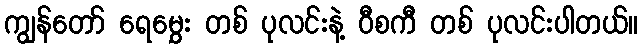
ကျွန်တော် ရေမွှေး တစ် ပုလင်းနဲ့ ဝီစကီ တစ် ပုလင်းပါတယ်။